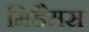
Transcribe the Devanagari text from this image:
मिडैमस